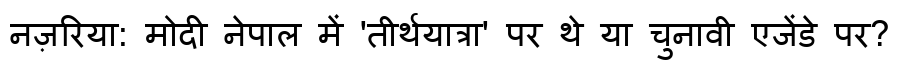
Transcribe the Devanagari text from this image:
नज़रिया: मोदी नेपाल में 'तीर्थयात्रा' पर थे या चुनावी एजेंडे पर?